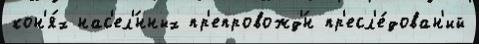
кон'я́х нас'ел'́нных пр'епровожд'́н пр'есл'е́дован'ий